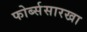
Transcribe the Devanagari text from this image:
फोर्ब्ससारखा